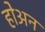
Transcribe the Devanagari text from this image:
होअन